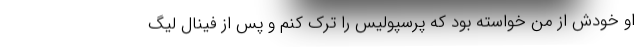
او خودش از من خواسته بود که پرسپولیس را ترک کنم و پس از فینال لیگ